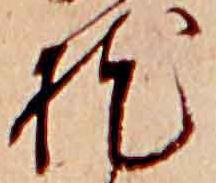
枕